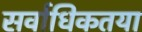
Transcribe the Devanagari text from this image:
सर्वाधिकतया